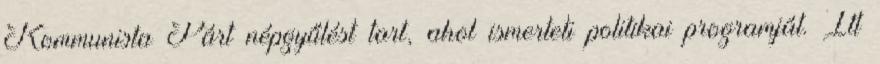
Kommunista Párt népgyűlést tart, ahol ismerteti politikai programját. Itt